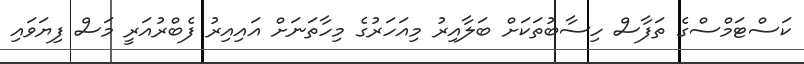
ކަސްޓަމްސްގެ ތަފާސް ހިސާބުތަކަށް ބަލާއިރު މިއަހަރުގެ މިހާތަނަށް އައިއިރު ފެބްރުއަރީ މަސް ފިޔަވައި